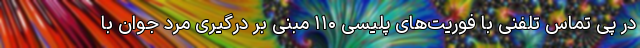
در پی تماس تلفنی با فوریت‌های پلیسی ۱۱۰ مبنی بر درگیری مرد جوان با